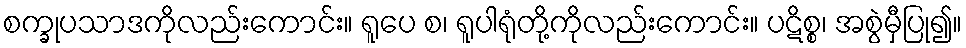
စက္ခုပသာဒကိုလည်းကောင်း။ ရူပေ စ၊ ရူပါရုံတို့ကိုလည်းကောင်း။ ပဋိစ္စ၊ အစွဲမှီပြု၍။